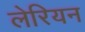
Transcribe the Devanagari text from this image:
लेरियन